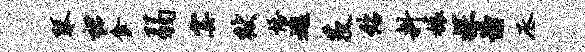
琴裙食弱霎狱悟逃茨绍料榱探憧丞